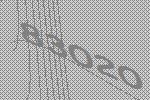
83020